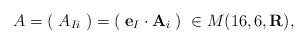
LaTeX: \begin{align*}A = (\;A_{Ii}\;)=(\;{\bf e}_{I} \cdot {\bf A}_{i}\;)\; \in M(16,6,{\bf R}),\end{align*}